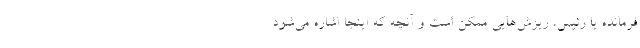
فرمانده یا رئیس، ریزش‌هایی ممکن است و آنچه که اینجا اشاره می‌شود